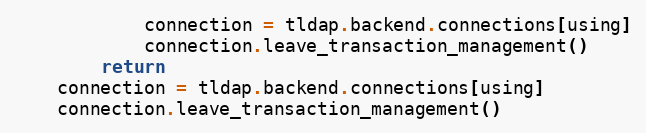
Language: Python
            connection = tldap.backend.connections[using]
            connection.leave_transaction_management()
        return
    connection = tldap.backend.connections[using]
    connection.leave_transaction_management()